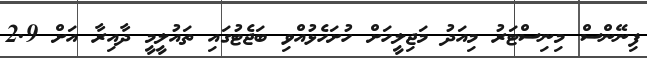
ފިނޭންސް މިނިސްޓަރު މިއަދު މަޖިލީހަށް ހުށަހެޅުއްވި ބަޖެޓުގައި ތައުލީމީ ދާއިރާ އަށް 2.9